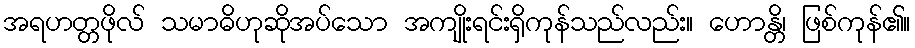
အရဟတ္တဖိုလ် သမာဓိဟုဆိုအပ်သော အကျိုးရင်းရှိကုန်သည်လည်း။ ဟောန္တိ၊ ဖြစ်ကုန်၏။